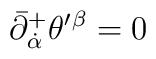
\bar{\partial}^{+}_{\dot{\alpha}}\theta^{\prime}{}^{\beta}=0